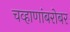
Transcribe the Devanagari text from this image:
चव्हाणांबरोबर